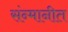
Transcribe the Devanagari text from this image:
संन्मानीत